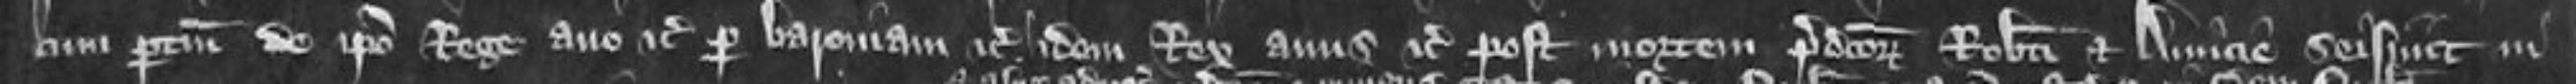
cum pertinenciis de ipso Rege avo etc per baroniam etc idem Rex avus etc post mortem predictorum Roberti et Amicie seisivit in